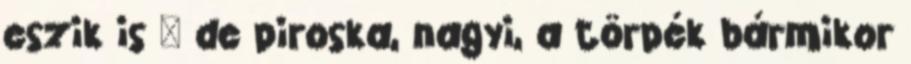
eszik is – de piroska, nagyi, a törpék bármikor